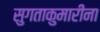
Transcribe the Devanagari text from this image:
सुगताकुमारींना